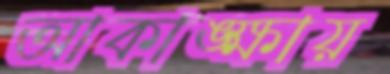
আকাঙ্ক্ষায়